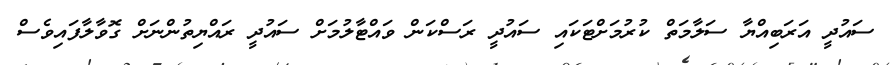
ސައުދީ އަރަބިއްޔާ ސަލާމަތް ކުރުމަށްޓަކައި ސައުދީ ރަސްކަން ވައްޓާލުމަށް ސައުދީ ރައްޔިތުންނަށް ގޮވާލާފައިވެސް